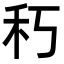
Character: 𥝑